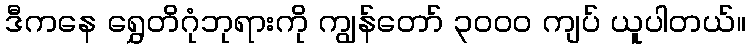
ဒီကနေ ရွှေတိဂုံဘုရားကို ကျွန်တော် ၃၀၀၀ ကျပ် ယူပါတယ်။